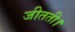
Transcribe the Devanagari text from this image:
जीतती।